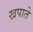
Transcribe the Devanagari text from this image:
खपाते